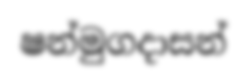
ෂන්මුගදාසන්